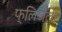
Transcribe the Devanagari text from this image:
फ्लिजेली